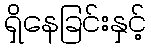
ရှိနေခြင်းနှင့်